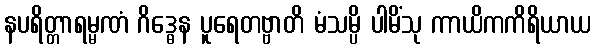
နပရိတ္တာရမ္မဏံ ဂိဒ္ဓေန ပူရေတဗ္ဗာတိ မံသမ္ပိ ပါမိံသု ကာယိကကိရိယာယ